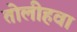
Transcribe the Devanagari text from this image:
तोलीहवा